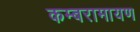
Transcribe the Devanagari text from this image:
कम्बरामायण